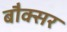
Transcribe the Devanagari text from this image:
बौक्सर